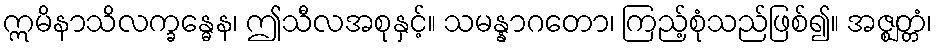
ဣမိနာသိလက္ခန္ဓေန၊ ဤသီလအစုနှင့်။ သမန္နာဂတော၊ ကြည့်စုံသည်ဖြစ်၍။ အဇ္ဈတ္တံ၊